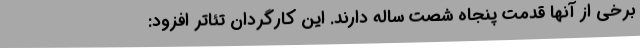
برخی از آنها قدمت پنجاه شصت ساله دارند. این کارگردان تئاتر افزود: